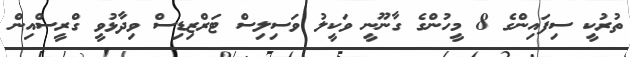
ތުރުކީ ސިފައިންގެ 8 މީހުންގެ ގާނޫނީ ވަކީލު ވަސިލިސް ޓަރްޒިޑިސް ވިދާޅުވީ ގްރީސްއިން